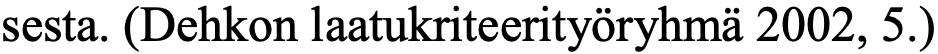
sesta. (Dehkon laatukriteerityöryhmä 2002, 5.)